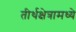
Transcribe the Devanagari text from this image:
तीर्थक्षेत्रामध्ये